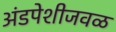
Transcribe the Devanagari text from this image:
अंडपेशीजवळ